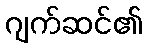
ဂျက်ဆင်၏